On the morphology, teratology, and diclinism of the flowers of cannabis - Number 12
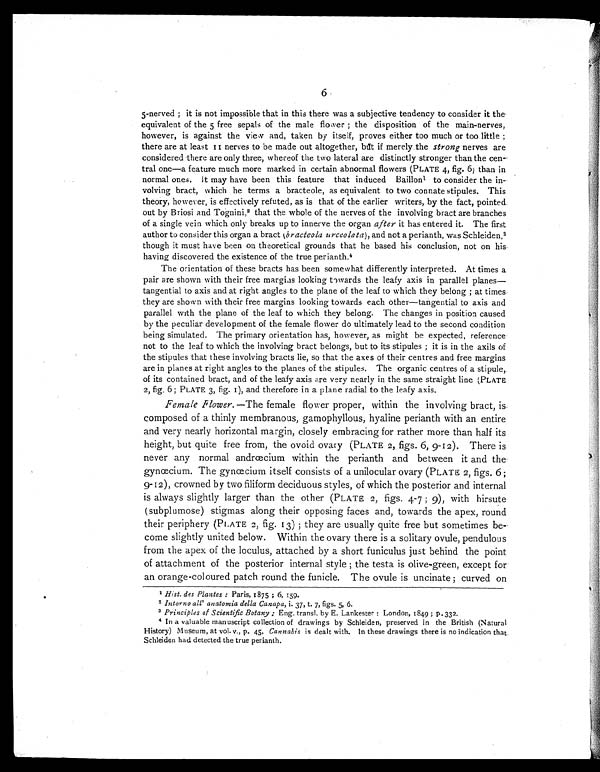
6
5-nerved ; it is not impossible that in this there was a subjective tendency to consider it the
equivalent of the 5 free sepals of the male flower ; the disposition of the main-nerves,
however, is against the view and, taken by itself, proves either too much or too little ;
there are at least 11 nerves to be made out altogether, but if merely the strong nerves are
considered there are only three, whereof the two lateral are distinctly stronger than the cen-
tral one—a feature much more marked in certain abnormal flowers (PLATE 4, fig. 6) than in
normal ones. It may have been this feature that induced Baillon l to consider the in-
volving bract, which he terms a bracteole, as equivalent to two connate stipules. This
theory, however, is effectively refuted, as is that of the earlier writers, by the fact, pointed.
out by Briosi and Tognini, 2 that the whole of the nerves of the involving bract are branches
of a single vein which only breaks up to innerve the organ after it has entered it. The first
author to consider this organ a bract ( bracteola urceolata ), and not a perianth, was Schleiden, 3
though it must have been on theoretical grounds that he based his conclusion, not on his
having discovered the existence of the true perianth. 4
The orientation of these bracts has been somewhat differently interpreted. At times a
pair are shown with their free margins looking towards the leafy axis in parallel planes—
tangential to axis and at right angles to the plane of the leaf to which they belong ; at times
they are shown with their free margins looking towards each other—tangential to axis and
parallel with the plane of the leaf to which they belong. The changes in position caused
by the peculiar development of the female flower do ultimately lead to the second condition
being simulated. The primary orientation has, however, as might be expected, reference
not to the leaf to which the involving bract belongs, but to its stipules ; it is in the axils of
the stipules that these involving bracts lie, so that the axes of their centres and free margins
are in planes at right angles to the planes of the stipules. The organic centres of a stipule,
of its contained bract, and of the leafy axis are very nearly in the same straight line (PLATE
2, fig. 6; PLATE 3, fig. 1), and therefore in a plane radial to the leafy axis.
Female Flower. —The female flower proper, within the involving bract, is
composed of a thinly membranous, gamophyllous, hyaline perianth with an entire
and very nearly horizontal margin, closely embracing for rather more than half its
height, but quite free from, the ovoid ovary (PLATE 2, figs. 6, 9-12). There is
never any normal andrœcium within the perianth and between it and the
gynœcium. The gynœcium itself consists of a unilocular ovary (PLATE 2, figs. 6 ;
9-12), crowned by two filiform deciduous styles, of which the posterior and internal
is always slightly larger than the other (PLATE 2, figs. 4-7 ; 9), with hirsute
(subplumose) stigmas along their opposing faces and, towards the apex, round
their periphery (PLATE 2, fig. 13) ; they are usually quite free but sometimes be-
come slightly united below. Within the ovary there is a solitary ovule, pendulous
from the apex of the loculus, attached by a short funiculus just behind the point
of attachment of the posterior internal style ; the testa is olive-green, except for
an orange-coloured patch round the funicle. The ovule is uncinate ; curved on
1 Hist. des Plantes : Paris, 1875 ; 6, 159.
2 Intorno all' anatomia della Canapa , i. 37, t. 7, figs. 5, 6.
3 Principles of Scientific Botany ; Eng. transl. by E. Lankester : London, 1849 ; p.332.
4 In a valuable manuscript collection of drawings by Schleiden, preserved in the British (Natural
History) Museum, at vol. v., p. 45, Cannabis is dealt with. In these drawings there is no indication that
Schleiden had detected the true perianth.